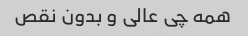
همه چی عالی و بدون نقص